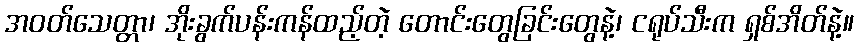
အဝတ်သေတ္တာ၊ အိုးခွက်ပန်းကန်ထည့်တဲ့ တောင်းတွေခြင်းတွေနဲ့၊ ငရုပ်သီးက ရှစ်အိတ်နဲ့။